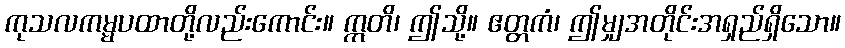
ကုသလကမ္မပထာတို့လည်းကောင်း။ ဣတိ၊ ဤသို့။ ဧတ္တကံ၊ ဤမျှအတိုင်းအရှည်ရှိသော။